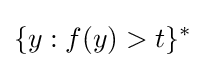
\{y:f(y)>t\}^{*}